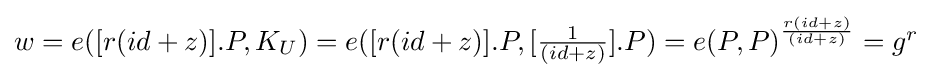
\textstyle w=e([r(id+z)].P,K_{U})=e([r(id+z)].P,[{\frac {1}{(id+z)}}].P)=e(P,P)^{\frac {r(id+z)}{(id+z)}}=g^{r}